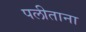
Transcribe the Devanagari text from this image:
पलीताना